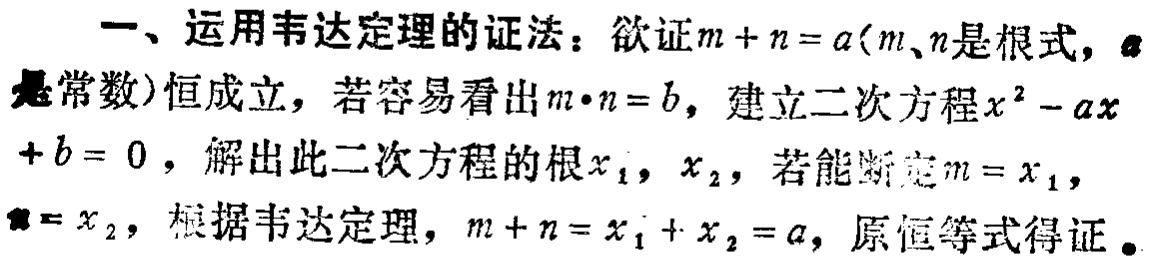
一、运用韦达定理的证法：欲证\(m + n = a\)(\(m\)、\(n\)是根式，\(a\)是常数)恒成立，若容易看出\(m\cdot n = b\)，建立二次方程\(x^{2}-ax + b = 0\)，解出此二次方程的根\(x_{1}\)，\(x_{2}\)，若能断定\(m = x_{1}\)，\(n = x_{2}\)，根据韦达定理，\(m + n = x_{1}+ x_{2}= a\)，原恒等式得证。